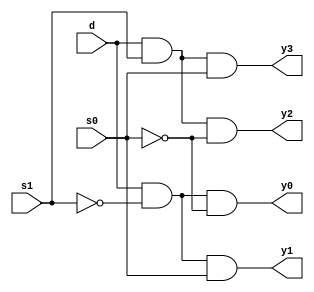
module demux(s1,s0,d,y0,y1,y2,y3);
  input s1,s0,d;
  output y0,y1,y2,y3;
  assign y0=d&~s1&~s0;
  assign y1=d&~s1&s0;
  assign y2=d&s1&~s0;
  assign y3=d&s1&s0;
endmodule